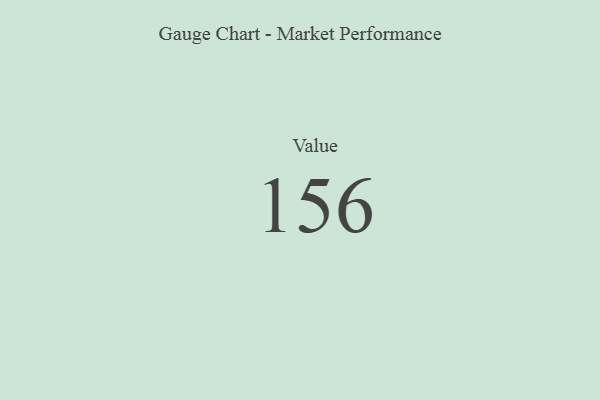
{"axis": {"x": "Metric", "y": "Value"}, "legend": [""], "data": [{"x": "Value", "y": 156, "type": ""}]}